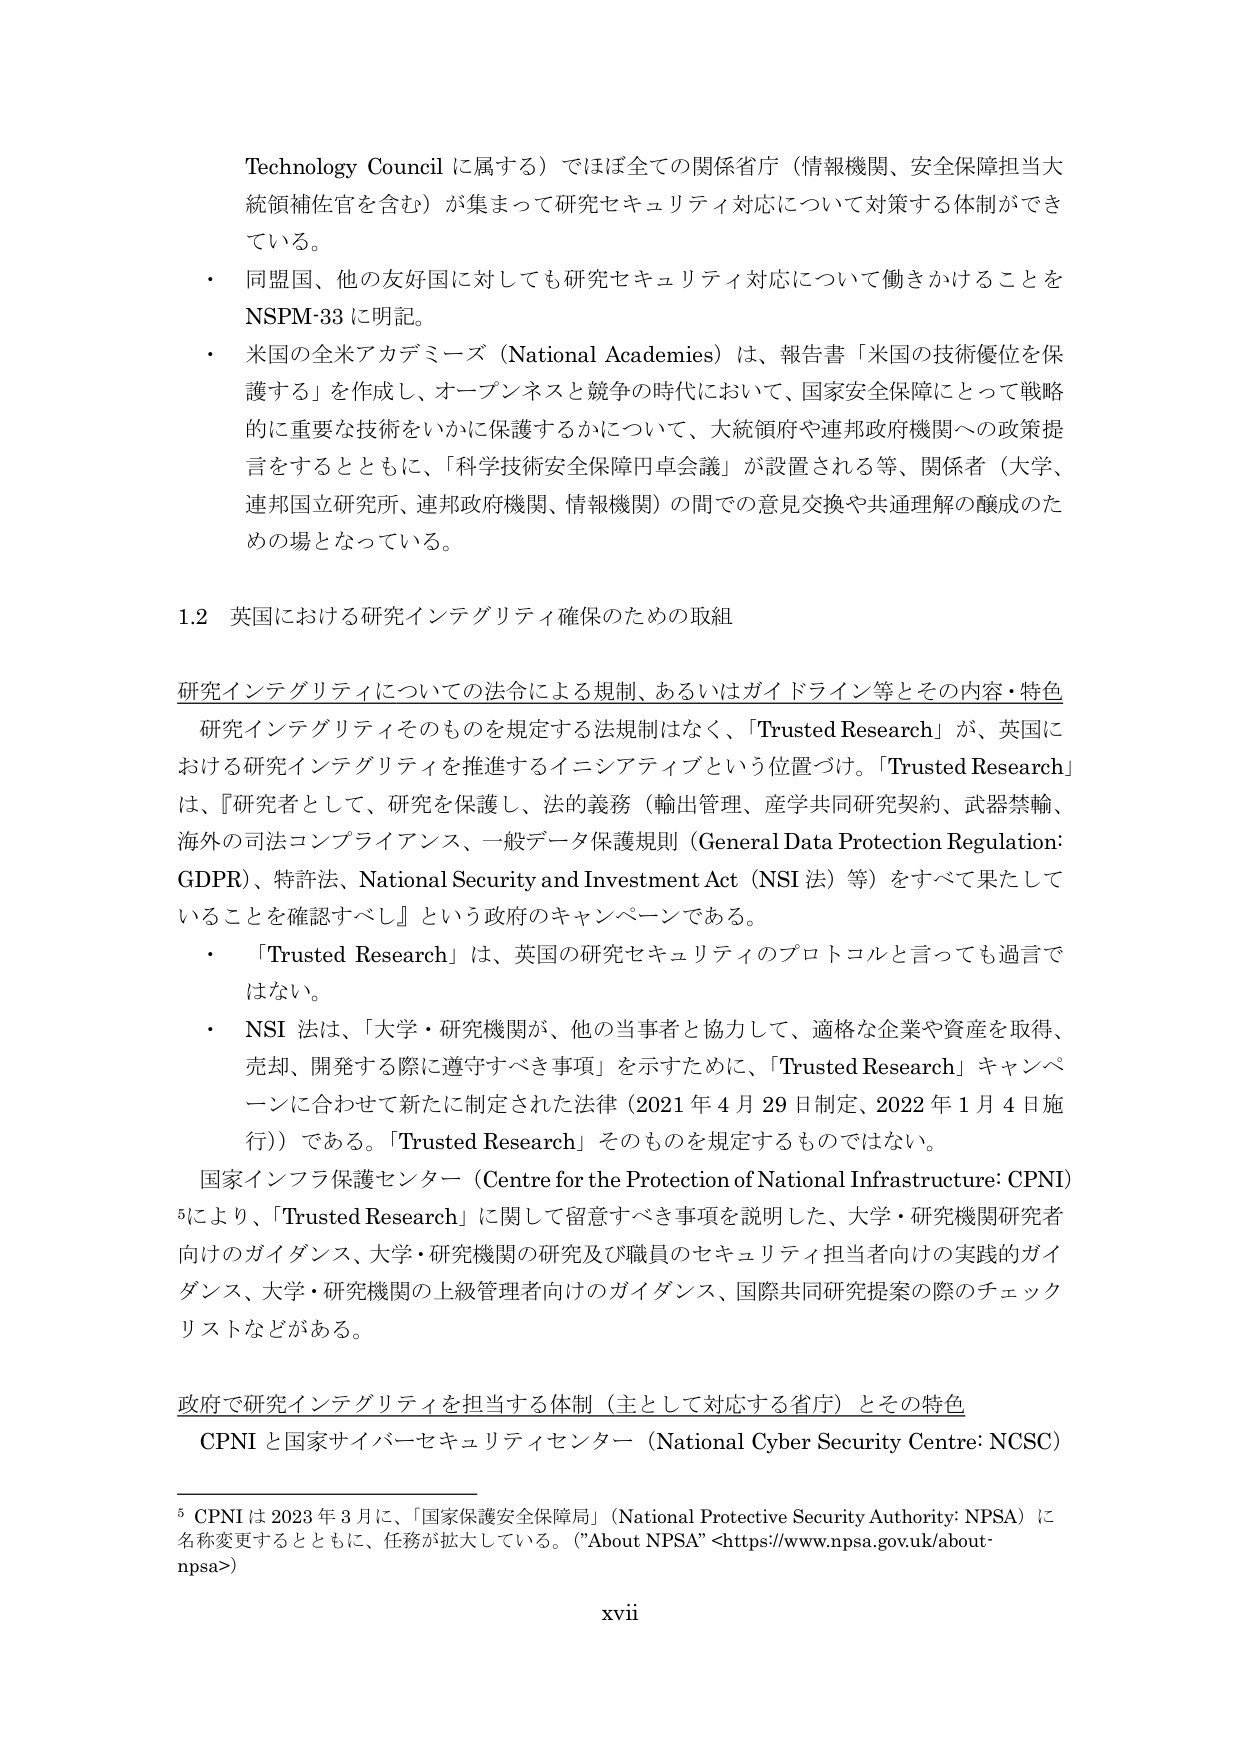
Technology Council に属する）ではほぼ全ての関係省庁（情報機関、安全保障担当大統領補佐官を含む）が集まって研究セキュリティ対応について対策する体制ができている。

・ 同盟国、他の友好国に対しても研究セキュリティ対応について働きかけることを NSPM-33 に明記。

・ 米国の全米アカデミーズ（National Academies）は、報告書「米国の技術優位を保護する」を作成し、オープンネスと競争の時代において、国家安全保障にとって戦略的に重要な技術をいかに保護するかについて、大統領府や連邦政府機関への政策提言をするとともに、「科学技術安全保障円卓会議」が設置される等、関係者（大学、連邦国立研究所、連邦政府機関、情報機関）の間での意見交換や共通理解の醸成のための場となっている。

1.2 英国における研究インテグリティ確保のための取組

研究インテグリティについての法令による規制、あるいはガイドライン等とその内容・特色

研究インテグリティそのものを規定する法規制はなく、「Trusted Research」が、英国における研究インテグリティを推進するイニシアティブという位置づけ。「Trusted Research」は、『研究者として、研究を保護し、法的義務（輸出管理、産学共同研究契約、武器禁輸、海外の司法コンプライアンス、一般データ保護規則（General Data Protection Regulation: GDPR）、特許法、National Security and Investment Act（NSI 法）等）をすべて果たしていることを確認すべし』という政府のキャンペーンである。

・ 「Trusted Research」は、英国の研究セキュリティのプロトコルと言っても過言ではない。

・ NSI 法は、「大学・研究機関が、他の当事者と協力して、適格な企業や資産を取得、売却、開発する際に遵守すべき事項」を示すために、「Trusted Research」キャンペーンに合わせて新たに制定された法律（2021 年 4 月 29 日制定、2022 年 1 月 4 日施行）である。「Trusted Research」そのものを規定するものではない。

国家インフラ保護センター（Centre for the Protection of National Infrastructure: CPNI）⁵により、「Trusted Research」に関して留意すべき事項を説明した、大学・研究機関研究者向けのガイダンス、大学・研究機関の研究及び職員のセキュリティ担当者向けの実践的ガイダンス、大学・研究機関の上級管理者向けのガイダンス、国際共同研究提案の際のチェックリストなどがある。

政府で研究インテグリティを担当する体制（主として対応する省庁）とその特色

CPNI と国家サイバーセキュリティセンター（National Cyber Security Centre: NCSC）

⁵ CPNI は 2023 年 3 月に、「国家保護安全保障局」（National Protective Security Authority: NPSA）に名称変更するとともに、任務が拡大している。（"About NPSA" <https://www.npsa.gov.uk/about-npsa>）

xvii